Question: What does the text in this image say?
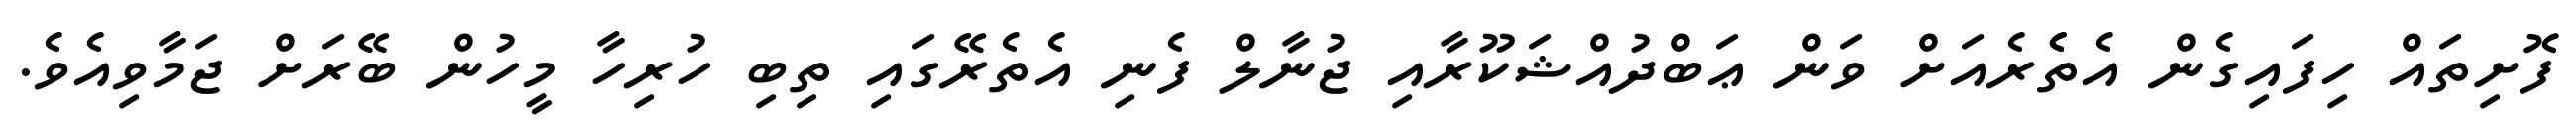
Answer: ފޮށިތައް ހިފައިގެން އެތެެރެއަށް ވަން ޢަބްދުއްޝަކޫރާއި ޖުނާލް ފެނި އެތެރޭގައި ތިބި ހުރިހާ މީހުން ބޭރަށް ޖަމާވިއެވެ.